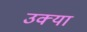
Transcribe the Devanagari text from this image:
उक्या